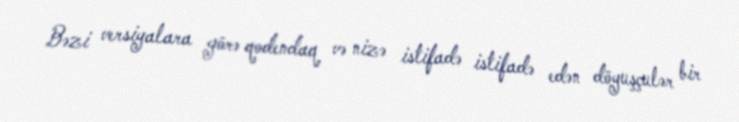
Bəzi versiyalara görə qodendaq və nizə istifadə istifadə edən döyuşçulər bir